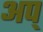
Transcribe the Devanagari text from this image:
अप्‌